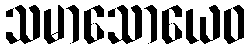
သမာသောယေဝ